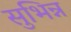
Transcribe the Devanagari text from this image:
सुभिन्न